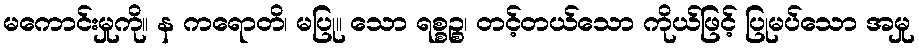
မကောင်းမှုကို။ န ကရောတိ၊ မပြု။ သော ရစ္စဉ္စ၊ တင့်တယ်သော ကိုယ်ဖြင့် ပြုမပ်သော အမှု